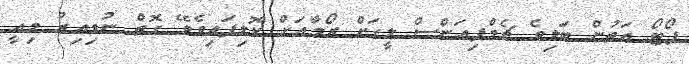
ޕޯޓޯ އަތުން ބަލިވެ ޗެމްޕިއަންސް ލީގަށް ރޯމާއަށް ކޮލިފައިވެވޭ ގޮތް ނުވިއިރު މިއީ